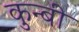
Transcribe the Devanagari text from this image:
कुन्बी